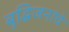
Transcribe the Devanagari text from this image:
बुद्धिजनांचे